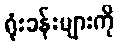
ရုံးခန်းများကို